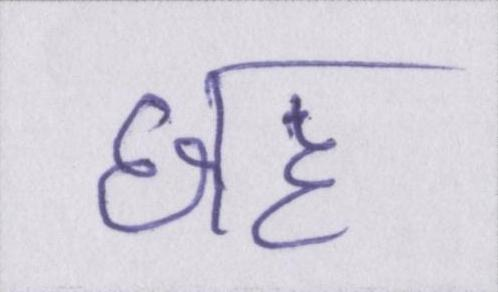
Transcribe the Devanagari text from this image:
छह